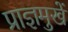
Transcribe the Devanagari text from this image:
प्राज्ञमुखें